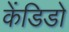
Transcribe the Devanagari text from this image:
केंडिडो